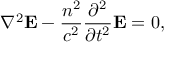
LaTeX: \nabla ^ { 2 } \mathbf { E } - { \frac { n ^ { 2 } } { c ^ { 2 } } } { \frac { \partial ^ { 2 } } { \partial t ^ { 2 } } } \mathbf { E } = 0 ,